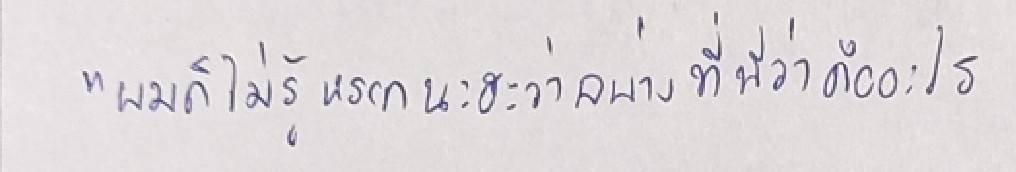
"ผมก็ไม่รู้หรอกนะฮะว่าอย่างที่พี่ว่าคืออะไร